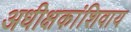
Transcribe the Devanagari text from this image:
अधीक्षकांशिवाय